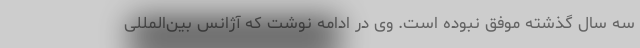
سه سال گذشته موفق نبوده است. وی در ادامه نوشت که آژانس بین‌المللی